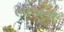
ભોજાના